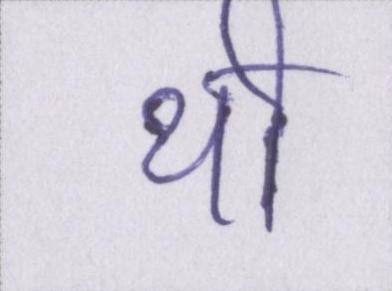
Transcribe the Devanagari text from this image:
थी